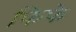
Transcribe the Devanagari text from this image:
फिफे